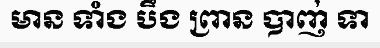
មាន ទាំង បឹង ព្រាន បាញ់ ទា